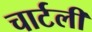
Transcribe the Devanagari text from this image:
चार्टली